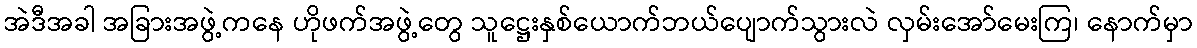
အဲဒီအခါ အခြားအဖွဲ့ကနေ ဟိုဖက်အဖွဲ့တွေ သူဋ္ဌေးနှစ်ယောက်ဘယ်ပျောက်သွားလဲ လှမ်းအော်မေးကြ၊ နောက်မှာ